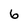
Character: 6